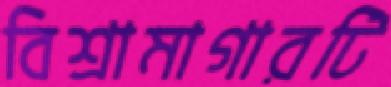
বিশ্রামাগারটি